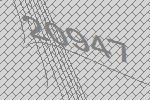
20947